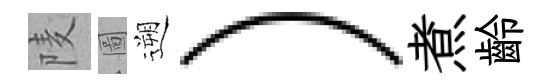
𨹧圖遡）煮齡